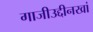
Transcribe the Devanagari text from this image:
गाजीउद्दीनखां